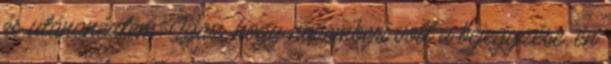
és utánanéztem. Igaz, hogy novemberi volt a bejegyzése, én